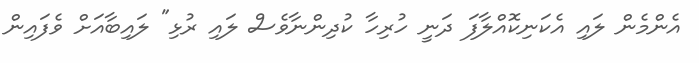
އެންމެން ލައި އެކަނިކޮއްލާފަ ދަނީ ހުރިހާ ކުދިންނާވެސް ލައި ރުޅި" ލައިބާއަށް ވެފައިން